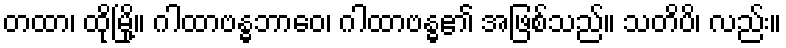
တထာ၊ ထိုမြို့။ ဂါထာဗန္ဓဘာဝေ၊ ဂါထာဗန္ဓ၏ အဖြစ်သည်။ သတိပိ၊ လည်း။